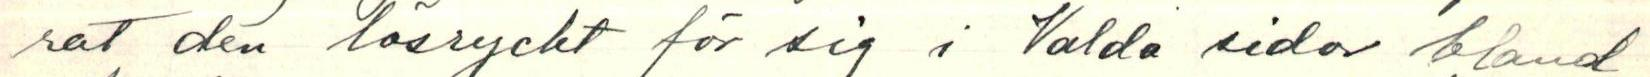
rat den lösryckt för sig i Valda sidor bland